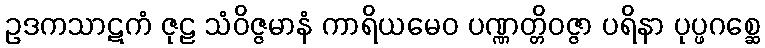
ဥဒကသာဋကံ ဇုဠ သံဝိဇ္ဇမာနံ ကာရိယမေဝ ပဏ္ဏတ္တိဝဇ္ဇာ ပရိနာ ပုပ္ဖဂစ္ဆေ